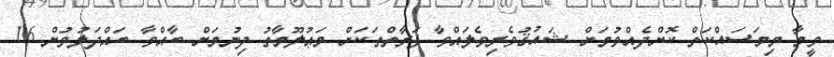
ވީމާ މިމަސައްކަތް ކޮށްދެއްވުމަށް ޝައުޤުވެރިވެލައްވާ ފަރާތްތަކަށް މަޢުލޫމާތު ދިނުމަށް ބާއްވާ ބައްދަލުވުން 16